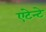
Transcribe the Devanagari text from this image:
एंटेन्टे